Vaccination in Bombay 1869-1873 - 1869-1873
Year: 1869
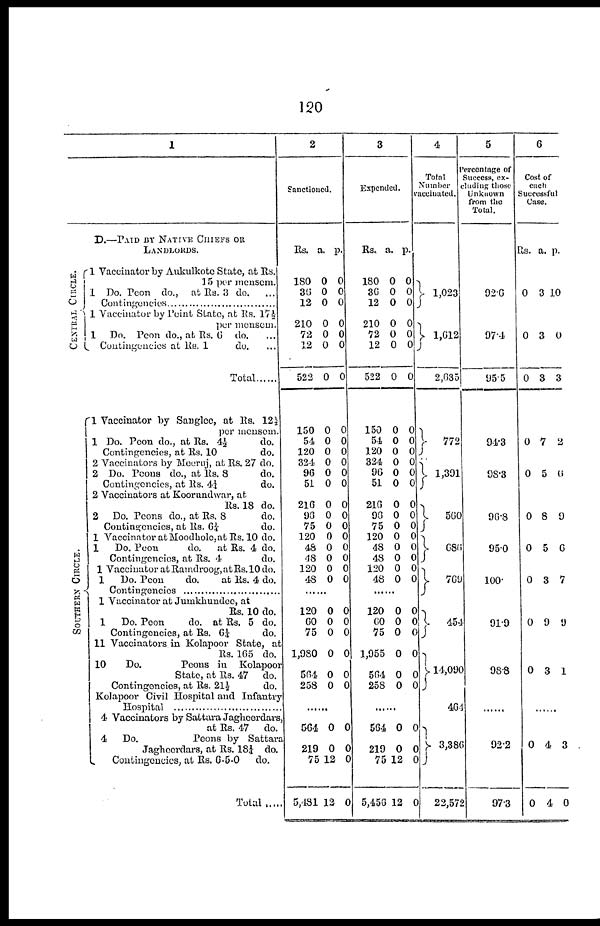
120
1
D.—PAID BY NATIVE CHIEFS OR
LANDLORDS.
CENTRAL CIRCLE.
SOUTHERN CIRCLE.
1 Vaccinator by Aukulkote State, at Rs.
15 per mensem.
1 Do. Peon do., at Rs. 3 do. ...
Contingencies.....................
1 Vaccinator by Point State, at Rs. 17½
per mensem.
1 Do. Peon do., at Rs. 6 do. ...
Contingencies at Rs. 1
do. ...
Total ......
1 Vaccinator by Sanglee, at Rs. 12 ½
per mensem.
1 Do. Peon do., at Rs. 4½
do.
Contingencies, at Rs. 10
do.
2 Vaccinators by Meeruj, at Rs. 27 do.
2 Do. Peons do., at Rs. 8
do.
Contingencies, at Rs. 4¼
do.
2 Vaccinators at Koorundwar, at
Rs. 18 do.
2 Do. Peons do., at Rs. 8
do.
Contingencies, at Rs. 6¼
do.
1 Vaccinator at Moodhole,at Rs. 10 do.
1
Do. Peon
do.
at Rs. 4 do.
Contingencies, at Rs. 4
do.
1 Vaccinator at Ramdroog, at Rs. 10 do.
1
Do. Peon
do.
at Rs. 4 do.
Contingencies ...................
1 Vaccinator at Jumkhundee, at
Rs. 10 do.
1
Do. Peon
do. at Rs. 5 do.
Contingencies, at Rs. 6¼
do.
11 Vaccinators in Kolapoor State, at
Rs. 165 do.
10
Do.
Peons in Kolapoor
State, at Rs. 47 do.
Contingencies, at Rs. 21½
do.
Kolapoor Civil Hospital and Infantry
Hospital ..............................
4 Vaccinators by Sattara Jagheerdars,
at Rs. 47 do.
4
Do.
Peons by Sattara
Jagheerdars, at Rs. 18¼ do.
Contingencies, at Rs. 6-5-0
do.
Total......
2
Sanctioned.
Rs.
180
36
12
210
72
12
522
150
54
120
324
96
51
216
96
75
120
48
48
120
48
a.
0
0
0
0
0
0
0
0
0
0
0
0
0
0
0
0
0
0
0
0
0
p.
0
0
0
0
0
0
0
0
0
0
0
0
0
0
0
0
0
0
0
0
0
......
120
60
75
1,980
564
258
0
0
0
0
0
0
0
0
0
0
0
0
......
564
219
75
5,481
0
0
12
12
0
0
0
0
3
Expended.
Rs.
180
36
12
210
72
12
522
150
54
120
324
96
51
216
96
75
120
48
48
120
48
a.
0
0
0
0
0
0
0
0
0
0
0
0
0
0
0
0
0
0
0
0
0
p.
0
0
0
0
0
0
0
0
0
0
0
0
0
0
0
0
0
0
0
0
0
......
120
60
75
1,955
564
258
0
0
0
0
0
0
0
0
0
0
0
0
......
564
219
75
5,456
0
0
12
12
0
0
0
0
4
Total
Number
vaccinated.
1,023
1,612
2,635
772
1,391
560
686
769
454
14,090
464
3,386
22,572
5
Percentage of
Success, ex-
cluding those
Unknown
from the
Total.
92.6
97.4
95.5
94.3
98.3
96.8
95.0
100.
91.9
98.8
......
92.2
97.3
6
Cost of
each
Successful
Case.
Rs.
0
0
0
0
0
0
0
0
0
0
a.
3
3
3
7
5
8
5
3
9
3
p.
10
0
3
2
6
9
6
7
9
1
......
0
0
4
4
3
0